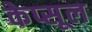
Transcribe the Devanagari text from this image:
केप्सूल